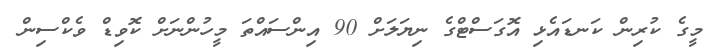
މީގެ ކުރިން ކަނޑައެޅި އޮގަސްޓްގެ ނިޔަލަށް 90 އިންސައްތަ މީހުންނަށް ކޮވިޑް ވެކްސިން